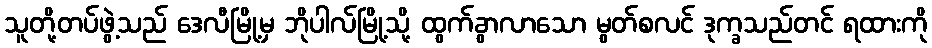
သူတို့တပ်ဖွဲ့သည် ဒေလီမြို့မှ ဘိုပါလ်မြို့သို့ ထွက်ခွာလာသော မွတ်စလင် ဒုက္ခသည်တင် ရထားကို